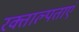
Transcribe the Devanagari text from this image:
रक्ताल्पताएं